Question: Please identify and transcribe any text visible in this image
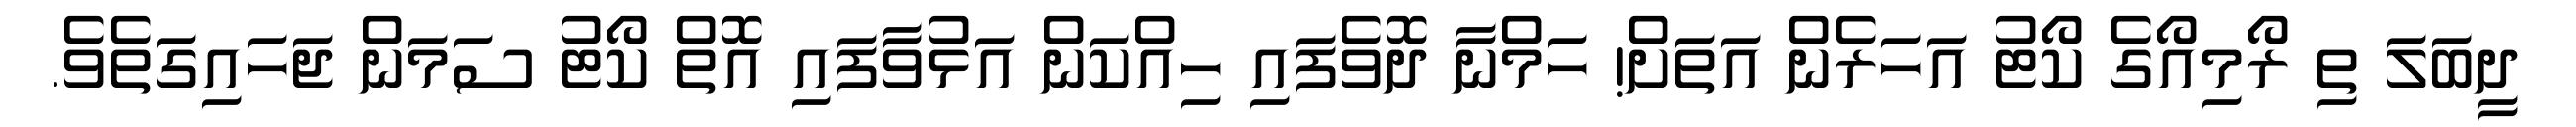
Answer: ދީބަލަ ތި ރޯމިއޯގެ ކޯޓު އަހަރެން އަތަށް! ހަމްނާ ދޮވެފައި ހިއްކަން އަޅުވާފައި އޮތް ކޯޓު ސަމަން ޖަހައިގަތެވެ.